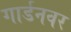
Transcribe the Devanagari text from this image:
गार्डनवर